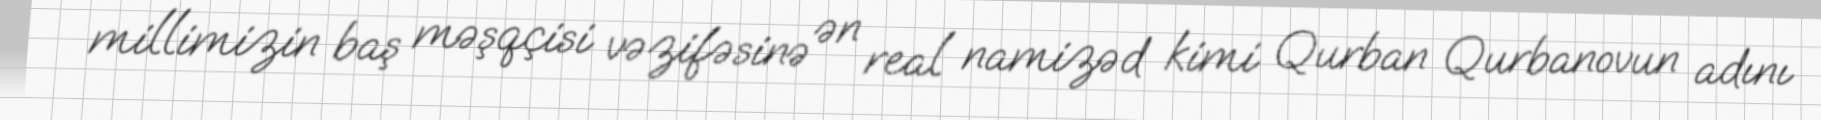
millimizin baş məşqçisi vəzifəsinə ən real namizəd kimi Qurban Qurbanovun adını